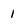
Character: 1